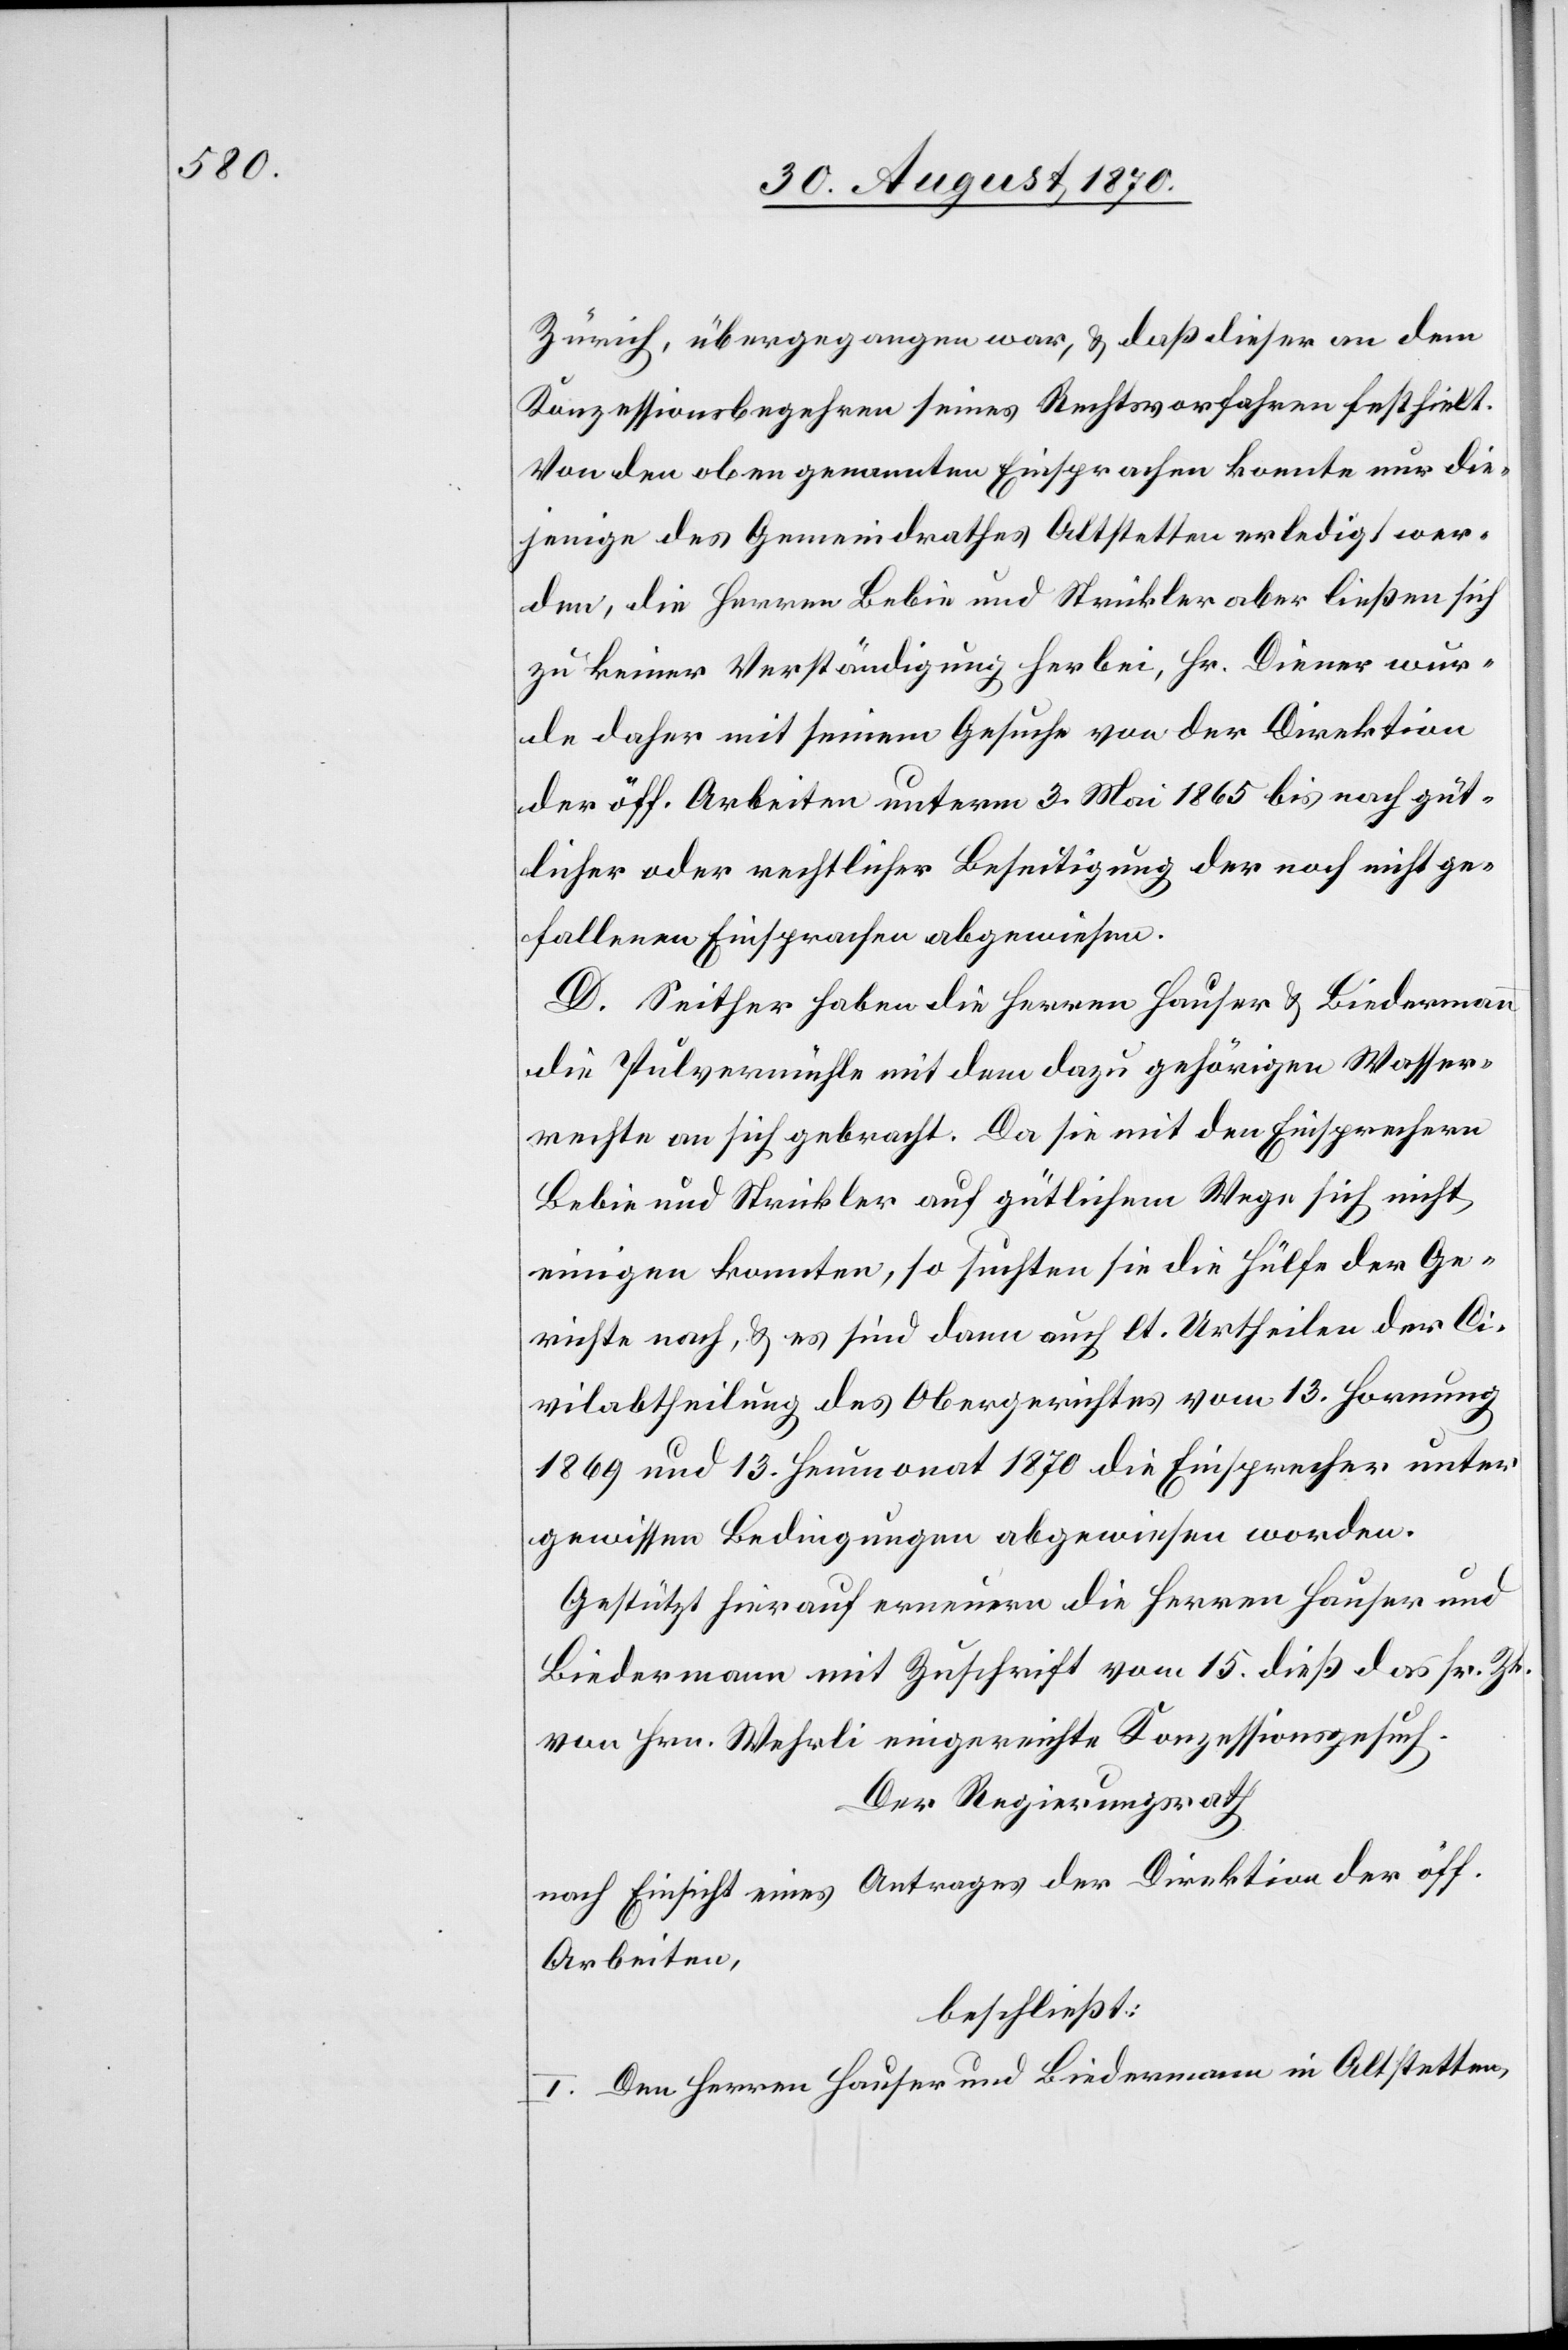
Zürich, übergegangen war, & daß dieser an dem
Konzessionsbegehren seines Rechtsvorfahren festhielt.
Von den oben genannten Einsprachen konnte nur die¬
jenige des Gemeindrathes Altstetten erledigt wer¬
den, die Herren Bebie und Strickler aber ließen sich
zu keiner Verständigung herbei, Hr. Diener wur¬
de daher mit seinem Gesuche von der Direktion
der öff. Arbeiten unterm 3. Mai 1865 bis nach güt¬
licher oder rechtlicher Beseitigung der noch nicht ge¬
fallenen Einsprachen abgewiesen.
D. Seither haben die Herren Hauser & Biedermann
die Pulvermühle mit dem dazu gehörigen Wasser¬
rechte an sich gebracht. Da sie mit den Einsprechern
Bebie und Strickler auf gütlichem Wege sich nicht
einigen konnten, so suchten sie die Hülfe der Ge¬
richte nach, & es sind dann auch lt. Urtheilen der Ci¬
vilabtheilung des Obergerichtes vom 13. Hornung
1869 und 13. Heumonat 1870 die Einsprecher unter
gewissen Bedingungen abgewiesen worden.
Gestützt hierauf erneuern die Herren Hauser und
Biedermann mit Zuschrift vom 15. dieß das sr. Zt.
von Hrn. Wehrli eingereichte Konzessionsgesuch.
Der Regierungsrath
nach Einsicht eines Antrages der Direktion der öff.
Arbeiten,
beschließt:
I. Den Herren Hauser und Biedermann in Altstetten,